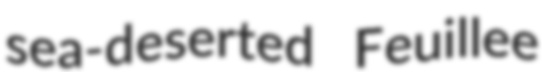
sea-deserted Feuillee